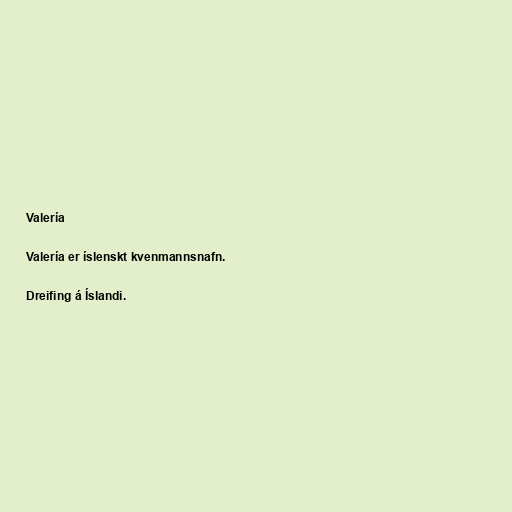
Valería

Valería er íslenskt kvenmannsnafn.

Dreifing á Íslandi.